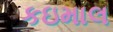
કઇમાલ